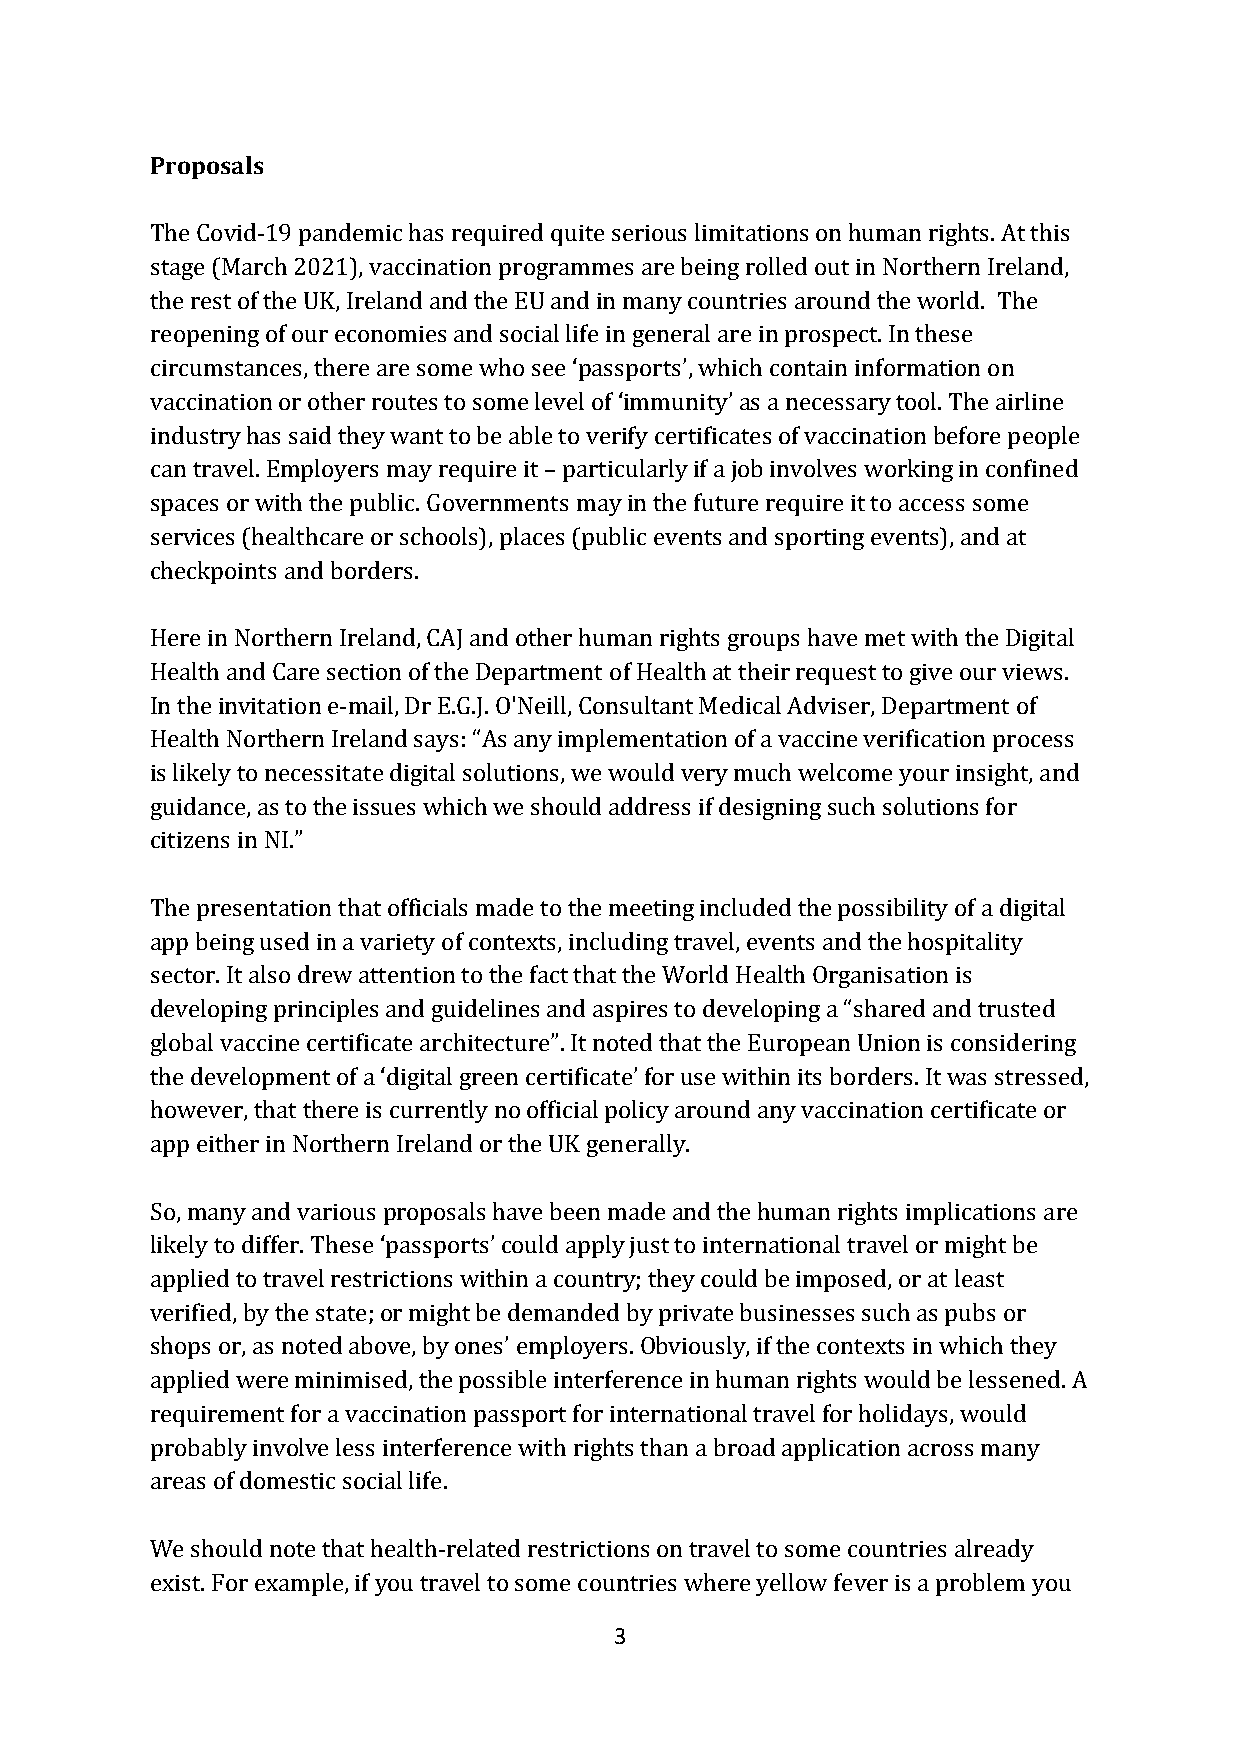
Proposals
 The Covid-19 pandemic has required quite serious limitations on human rights. At this
 stage (March 2021), vaccination programmes are being rolled out in Northern Ireland,
 the rest of the UK, Ireland and the EU and in many countries around the world. The
 reopening of our economies and social life in general are in prospect. In these
 circumstances, there are some who see ‘passports’, which contain information on
 vaccination or other routes to some level of ‘immunity’ as a necessary tool. The airline
 industry has said they want to be able to verify certificates of vaccination before people
 can travel. Employers may require it – particularly if a job involves working in confined
 spaces or with the public. Governments may in the future require it to access some
 services (healthcare or schools), places (public events and sporting events), and at
 checkpoints and borders.
 Here in Northern Ireland, CAJ and other human rights groups have met with the Digital
 Health and Care section of the Department of Health at their request to give our views.
 In the invitation e-mail, Dr E.G.J. O'Neill, Consultant Medical Adviser, Department of
 Health Northern Ireland says: “As any implementation of a vaccine verification process
 is likely to necessitate digital solutions, we would very much welcome your insight, and
 guidance, as to the issues which we should address if designing such solutions for
 citizens in NI.”
 The presentation that officials made to the meeting included the possibility of a digital
 app being used in a variety of contexts, including travel, events and the hospitality
 sector. It also drew attention to the fact that the World Health Organisation is
 developing principles and guidelines and aspires to developing a “shared and trusted
 global vaccine certificate architecture”. It noted that the European Union is considering
 the development of a ‘digital green certificate’ for use within its borders. It was stressed,
 however, that there is currently no official policy around any vaccination certificate or
 app either in Northern Ireland or the UK generally.
 So, many and various proposals have been made and the human rights implications are
 likely to differ. These ‘passports’ could apply just to international travel or might be
 applied to travel restrictions within a country; they could be imposed, or at least
 verified, by the state; or might be demanded by private businesses such as pubs or
 shops or, as noted above, by ones’ employers. Obviously, if the contexts in which they
 applied were minimised, the possible interference in human rights would be lessened. A
 requirement for a vaccination passport for international travel for holidays, would
 probably involve less interference with rights than a broad application across many
 areas of domestic social life.
 We should note that health-related restrictions on travel to some countries already
 exist. For example, if you travel to some countries where yellow fever is a problem you
 3